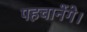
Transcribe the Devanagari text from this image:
पहचानेंगे।